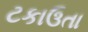
ટકાઉતા